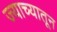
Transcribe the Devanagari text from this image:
ज्याच्यातून